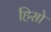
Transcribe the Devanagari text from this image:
हिसो